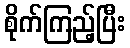
စိုက်ကြည့်ပြီး